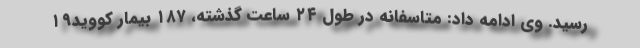
رسید. وی ادامه داد: متاسفانه در طول ۲۴ ساعت گذشته، ۱۸۷ بیمار کووید۱۹